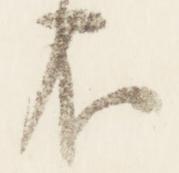
不